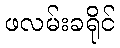
ဖလမ်းခရိုင်